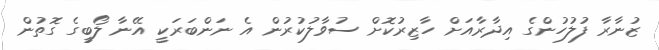
ޒުނާރާ ފުލުހުންގެ އިދާރާއަށް ހާޒިރުކޮށް ސުވާލުކުރުން އެ ނަންބަރަކީ އޭނާ ލޯބީގެ ގޮތުން